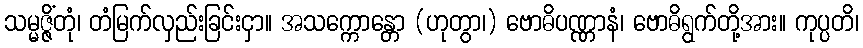
သမ္မဇ္ဇိံတုံ၊ တံမြက်လှည်းခြင်းငှာ။ အသက္ကောန္တော (ဟုတွာ၊) ဗောဓိပဏ္ဏာနံ၊ ဗောဓိရွက်တို့အား။ ကုပ္ပတိ၊